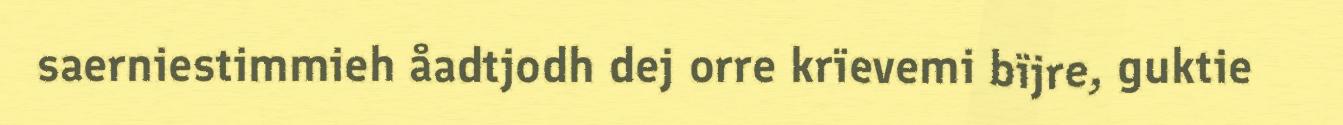
saerniestimmieh åadtjodh dej orre krïevemi bïjre, guktie